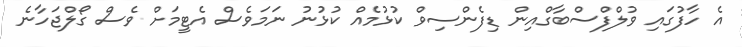
އެ ހާފުގައި ވުލްފްސްބާގްއިން ޑިފެންސިވް ކުޅުމެއް ކުޅުނު ނަމަވެސް އެޓީމަށް ވެސް ގޯލްޖަހާނެ